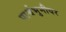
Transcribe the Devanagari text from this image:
पार्श्वभुमीवर